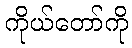
ကိုယ်တော်ကို